Annual report of the Punjab Veterinary College and of the Civil Veterinary Department, Punjab - 1894-1908
Year: 1894
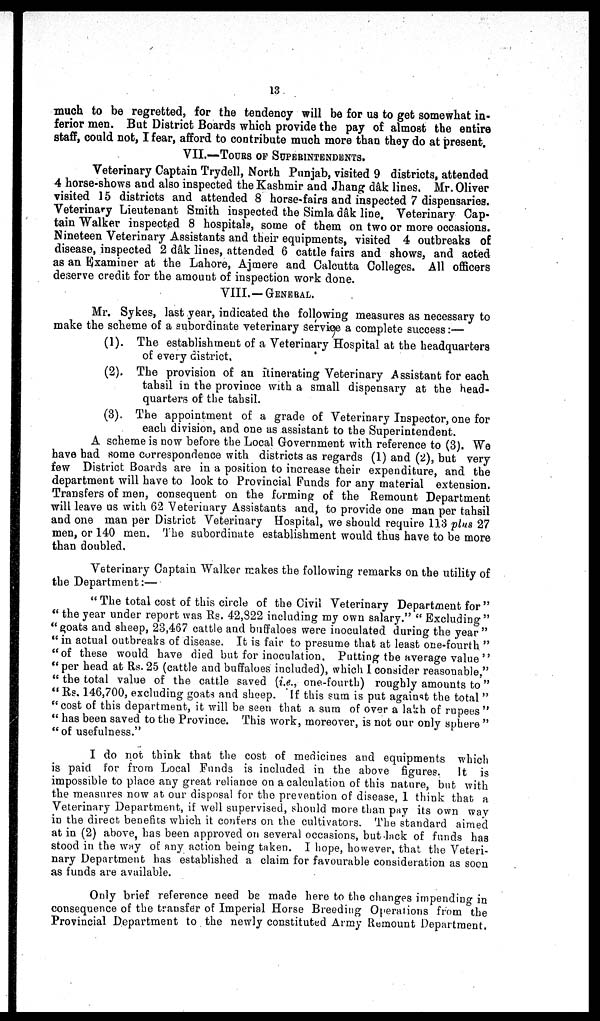
13
much to be regretted, for the tendency will be for us to get somewhat in-
ferior men. But District Boards which provide the pay of almost the entire
staff, could not, I fear, afford to contribute much more than they do at present.
VII.—TOURS OF SUPERINTENDENTS.
Veterinary Captain Trydell, North Punjab, visited 9 districts, attended
4 horse-shows and also inspected the Kashmir and Jhang dâk lines. Mr. Oliver
visited 15 districts and attended 8 horse-fairs and inspected 7 dispensaries.
Veterinary Lieutenant Smith inspected the Simla dâk line. Veterinary Cap-
tain Walker inspected 8 hospitals, some of them on two or more occasions.
Nineteen Veterinary Assistants and their equipments, visited 4 outbreaks of
disease, inspected 2 dâk lines, attended 6 cattle fairs and shows, and acted
as an Examiner at the Lahore, Ajmere and Calcutta Colleges. All officers
deserve credit for the amount of inspection work done.
VIII. —GENERAL.
Mr. Sykes, last year, indicated the following measures as necessary to
make the scheme of a subordinate veterinary service a complete success:—
(1). The establishment of a Veterinary Hospital at the headquarters
of every district.
(2). The provision of an itinerating Veterinary Assistant for each
tahsil in the province with a small dispensary at the head-
quarters of the tahsil.
(3). The appointment of a grade of Veterinary Inspector, one for
each division, and one as assistant to the Superintendent.
A scheme is now before the Local Government with reference to (3). We
have had some correspondence with districts as regards (1) and (2), but very
few District Boards are in a position to increase their expenditure, and the
department will have to look to Provincial Funds for any material extension.
Transfers of men, consequent on the forming of the Remount Department
will leave us with 62 Veterinary Assistants and, to provide one man per tahsil
and one man per District Veterinary Hospital, we should require 113 plus 27
men, or 140 men. The subordinate establishment would thus have to be more
than doubled.
Veterinary Captain Walker makes the following remarks on the utility of
the Department:—
" The total cost of this circle of the Civil Veterinary Department for "
" the year under report was Rs. 42,822 including my own salary." " Excluding"
"goats and sheep, 23,467 cattle and buffaloes were inoculated during the year"
" in actual outbreaks of disease. It is fair to presume that at least one-fourth "
"of these would have died but for inoculation. Putting the average value "
" per head at Rs. 25 (cattle and buffaloes included), which 1 consider reasonable,"
" the total value of the cattle saved (i.e., one-fourth) roughly amounts to"
" Rs. 146,700, excluding goats and sheep. If this sum is put against the total "
"cost of this department, it will be seen that a sum of over a lakh of rupees"
" has been saved to the Province. This work, moreover, is not our only sphere "
"of usefulness."
I do not think that the cost of medicines and equipments which
is paid for from Local Funds is included in the above figures. It is
impossible to place any great reliance on a calculation of this nature, but with
the measures now at our disposal for the prevention of disease, 1 think that a
Veterinary Department, if well supervised, should more than pay its own way
in the direct benefits which it confers on the cultivators. The standard aimed
at in (2) above, has been approved on several occasions, but lack of funds has
stood in the way of any action being taken. I hope, however, that the Veteri-
nary Department has established a claim for favourable consideration as soon
as funds are available.
Only brief reference need be made here to the changes impending in
consequence of the transfer of Imperial Horse Breeding Operations from the
Provincial Department to the newly constituted Army Remount Department.